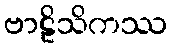
ဗာဠိသိကဿ